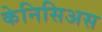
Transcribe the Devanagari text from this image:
केनिसिअस